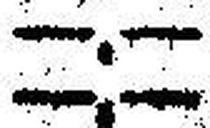
—.—